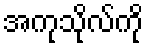
အကုသိုလ်ကို